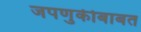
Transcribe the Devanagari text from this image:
जपणुकीबाबत